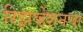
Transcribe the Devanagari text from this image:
रिझर्व्हेशनचा